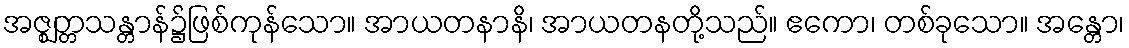
အဇ္ဈတ္တသန္တာန်၌ဖြစ်ကုန်သော။ အာယတနာနိ၊ အာယတနတို့သည်။ ဧကော၊ တစ်ခုသော။ အန္တော၊